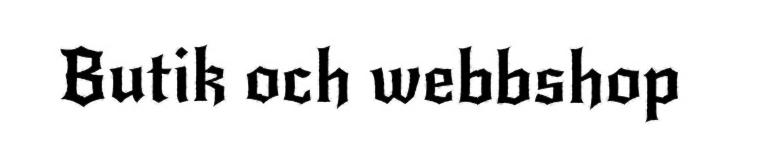
Butik och webbshop